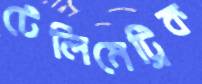
টেলিমেট্রিক